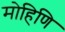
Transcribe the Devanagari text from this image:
मोहिणि